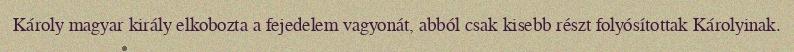
Károly magyar király elkobozta a fejedelem vagyonát, abból csak kisebb részt folyósítottak Károlyinak.